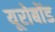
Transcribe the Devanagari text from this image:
यूरोबोंड